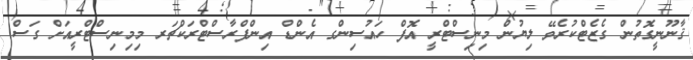
ޤާނޫނީގޮތުން ގެޒެޓްކުރެވޭ ލިޔުން މިނިސްޓްރީ އޮފް ހައުސިންގ އެންޑް އިންފްރާސްޓްރަކްޗަރ މިމިނިސްޓްރީއަށް ގަސް